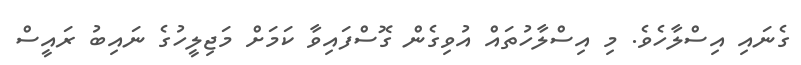
ގެނައި އިސްލާހެވެ. މި އިސްލާހުތައް އުވިގެން ގޮސްފައިވާ ކަމަށް މަޖިލީހުގެ ނައިބު ރައީސް